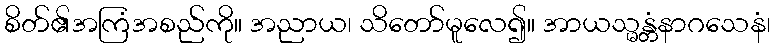
စိတ်၏အကြံအစည်ကို။ အညာယ၊ သိတော်မူလေ၍။ အာယသ္မန္တံနာဂသေနံ၊